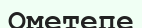
Ометепе